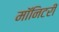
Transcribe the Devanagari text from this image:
मॉनिटरी